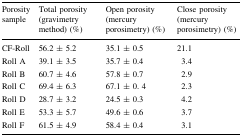
| Porosity sample | Total porosity (gravimetry method) (%) | Open porosity (mercury porosimetry) (%) | Close porosity (mercury porosimetry) (%) |
 | --- | --- | --- | --- |
 | CF-Roll | 56.2 ± 5.2 | 35.1 ± 0.5 | 21.1 |
 | Roll A | 39.1 ± 3.5 | 35.7 ± 0.4 | 3.4 |
 | Roll B | 60.7 ± 4.6 | 57.8 ± 0.7 | 2.9 |
 | Roll C | 69.4 ± 6.3 | 67.1 ± 0. 4 | 2.3 |
 | Roll D | 28.7 ± 3.2 | 24.5 ± 0.3 | 4.2 |
 | Roll E | 53.3 ± 5.7 | 49.6 ± 0.6 | 3.7 |
 | Roll F | 61.5 ± 4.9 | 58.4 ± 0.4 | 3.1 |